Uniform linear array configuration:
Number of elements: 64
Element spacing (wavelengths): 0.25
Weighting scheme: blackman
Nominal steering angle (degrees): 45
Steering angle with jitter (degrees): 45.409
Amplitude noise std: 0.05
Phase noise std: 0.05

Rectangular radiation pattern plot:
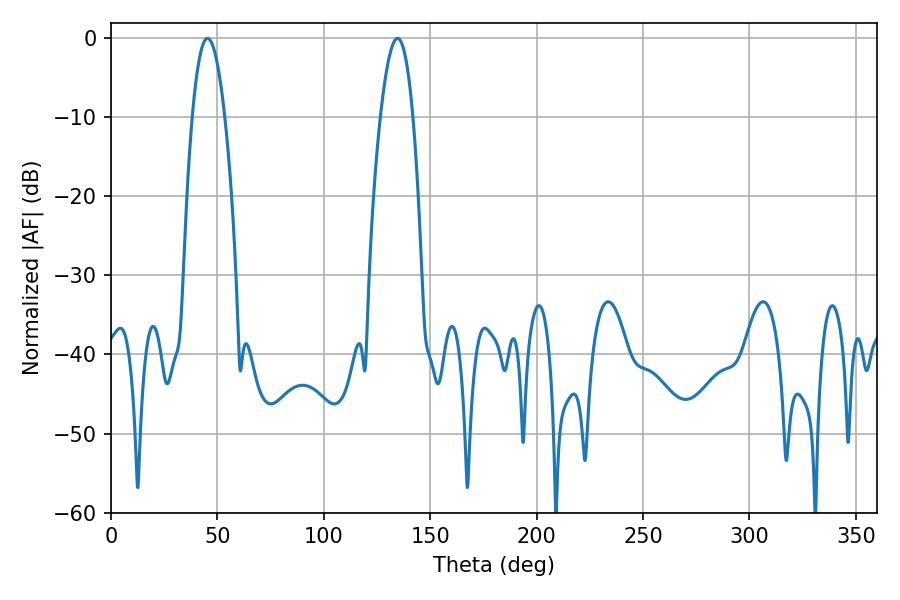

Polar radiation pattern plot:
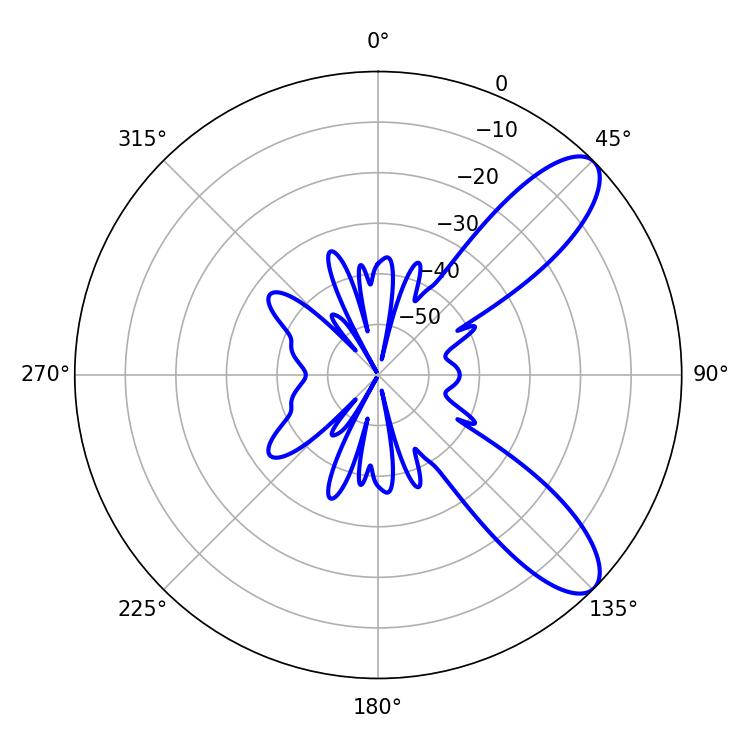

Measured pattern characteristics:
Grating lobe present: FALSE
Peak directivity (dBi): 9.491
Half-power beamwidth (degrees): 8.46
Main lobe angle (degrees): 134.64